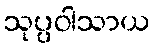
သုပ္ပဝါသာယ